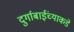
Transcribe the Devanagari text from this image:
दुर्गाबाईंच्याकडे